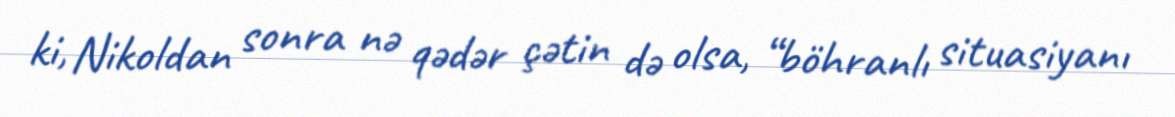
ki, Nikoldan sonra nə qədər çətin də olsa, “böhranlı situasiyanı